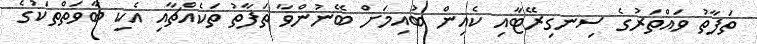
ތަފާތު ވައްތަރުގެ ސިނގިރޭޓާއި ކެއިން ބުއިމަށް ބޭނުންވާ ތަފާތު ތަކެއްޗާއި އެކި ބާވަތްތަކުގެ